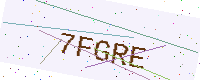
Text: 7FGRE